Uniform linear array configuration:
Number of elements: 24
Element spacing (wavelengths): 0.5
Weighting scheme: uniform
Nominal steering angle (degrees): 0
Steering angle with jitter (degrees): -1.035
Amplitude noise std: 0.05
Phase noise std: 0.05

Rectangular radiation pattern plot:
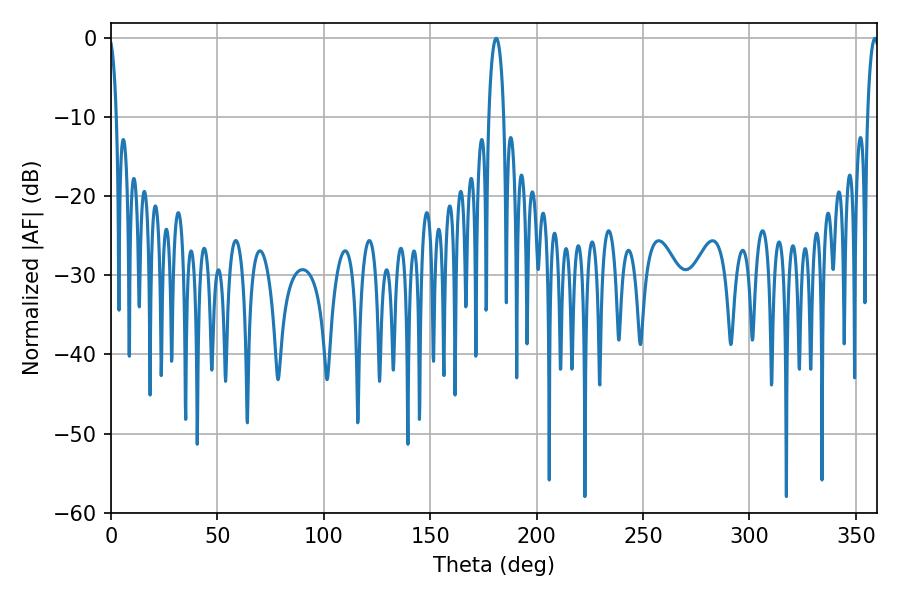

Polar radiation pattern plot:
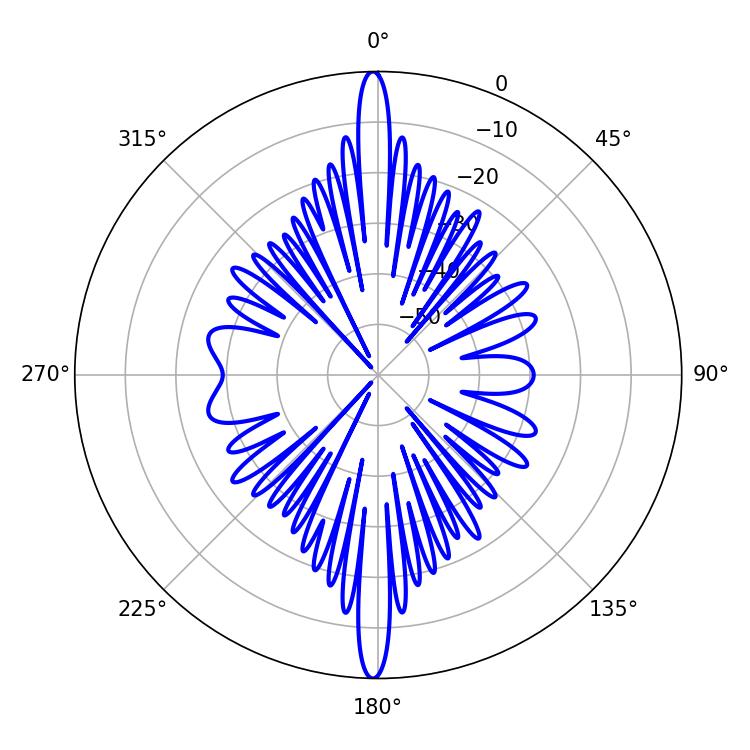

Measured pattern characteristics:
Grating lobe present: FALSE
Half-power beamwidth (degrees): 3.96
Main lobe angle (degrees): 181.08